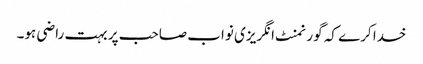
خدا کرے کہ گورنمنٹ انگریزی نواب صاحب پر بہت راضی ہو۔